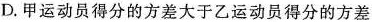
D.甲运动员得分的方差大于乙运动员得分的方差